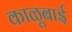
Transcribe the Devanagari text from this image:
काळूबाई